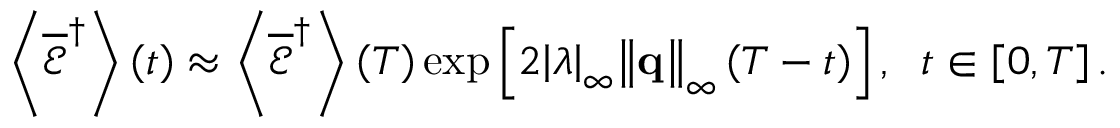
\left\langle { { { \overline { { \mathcal E } } } ^ { \dag } } } \right\rangle \left( t \right) \approx \left\langle { { { \overline { { \mathcal E } } } ^ { \dag } } } \right\rangle \left( T \right) \exp \left[ { 2 { { \left| \lambda \right| } _ { \infty } } { { \left\| { \bf { q } } \right\| } _ { \infty } } \left( { T - t } \right) } \right] , \; \; t \in \left[ { 0 , T } \right] .